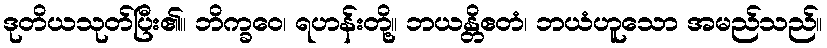
ဒုတိယသုတ်ပြီး၏။ ဘိက္ခဝေ၊ ရဟန်းတို့။ ဘယန္တိဧတံ၊ ဘယံဟူသော အမည်သည်။